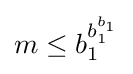
m\leq b_{1}^{b_{1}^{b_{1}}}